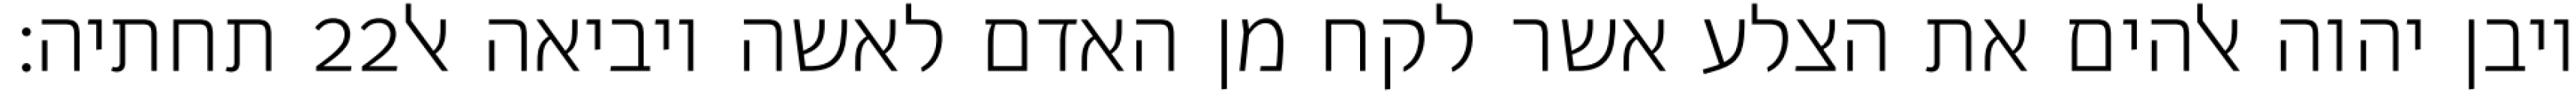
תחתיה׃ ‎22‏ ויבן יהוה אלהים את הצלע אשר לקח מן האדם לאשה ויביאה אל